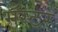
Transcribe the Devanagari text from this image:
मँस्टर